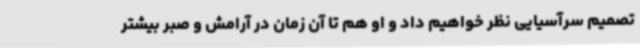
تصمیم سرآسیایی نظر خواهیم داد و او هم تا آن زمان در آرامش و صبر بیشتر